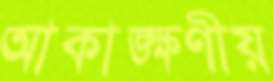
আকাঙ্ক্ষণীয়